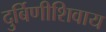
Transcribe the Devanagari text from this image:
दुर्बिणीशिवाय